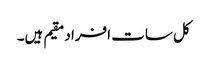
کل سات افراد مقیم ہیں۔